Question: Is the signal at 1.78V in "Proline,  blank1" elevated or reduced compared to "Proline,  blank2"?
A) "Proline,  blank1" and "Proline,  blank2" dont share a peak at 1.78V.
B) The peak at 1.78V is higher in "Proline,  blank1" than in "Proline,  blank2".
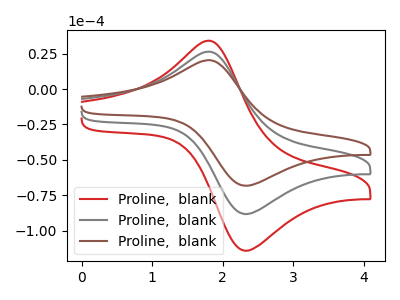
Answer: <think>The red curve "Proline,  blank1" has an anodic peak at (1.80V, 52.90uA) and a cathodic peak at (2.30V, -176.70uA). The gray curve "Proline,  blank2" has an anodic peak at (1.80V, 26.45uA) and a cathodic peak at (2.30V, -88.35uA). The brown curve "Proline,  blank3" has an anodic peak at (1.80V, 20.45uA) and a cathodic peak at (2.30V, -68.30uA).</think>
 <answer>B) The peak at 1.78V is higher in "Proline,  blank1" than in "Proline,  blank2".</answer>
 <eval>B</eval>